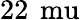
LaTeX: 22\, \mathrm{\ mu}